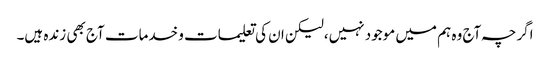
اگرچہ آج وہ ہم میں موجود نہیں،لیکن ان کی تعلیمات و خدمات آج بھی زندہ ہیں۔